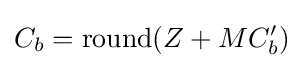
C_{b}={\mbox{round}}(Z+MC_{b}')